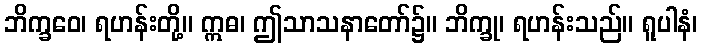
ဘိက္ခဝေ၊ ရဟန်းတို့။ ဣဓ၊ ဤသာသနာတော်၌။ ဘိက္ခု၊ ရဟန်းသည်။ ရူပါနံ၊